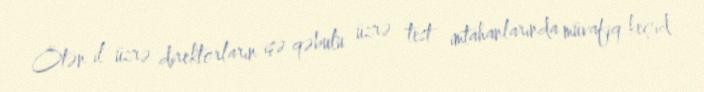
Ötən il üzrə direktorların işə qəbulu üzrə test imtahanlarında müvafiq keçid